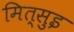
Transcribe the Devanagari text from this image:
मित्सुइ